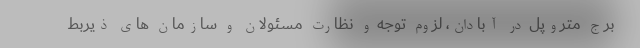
برج متروپل در آبادان، لزوم توجه و نظارت مسئولان و سازمان های ذیربط